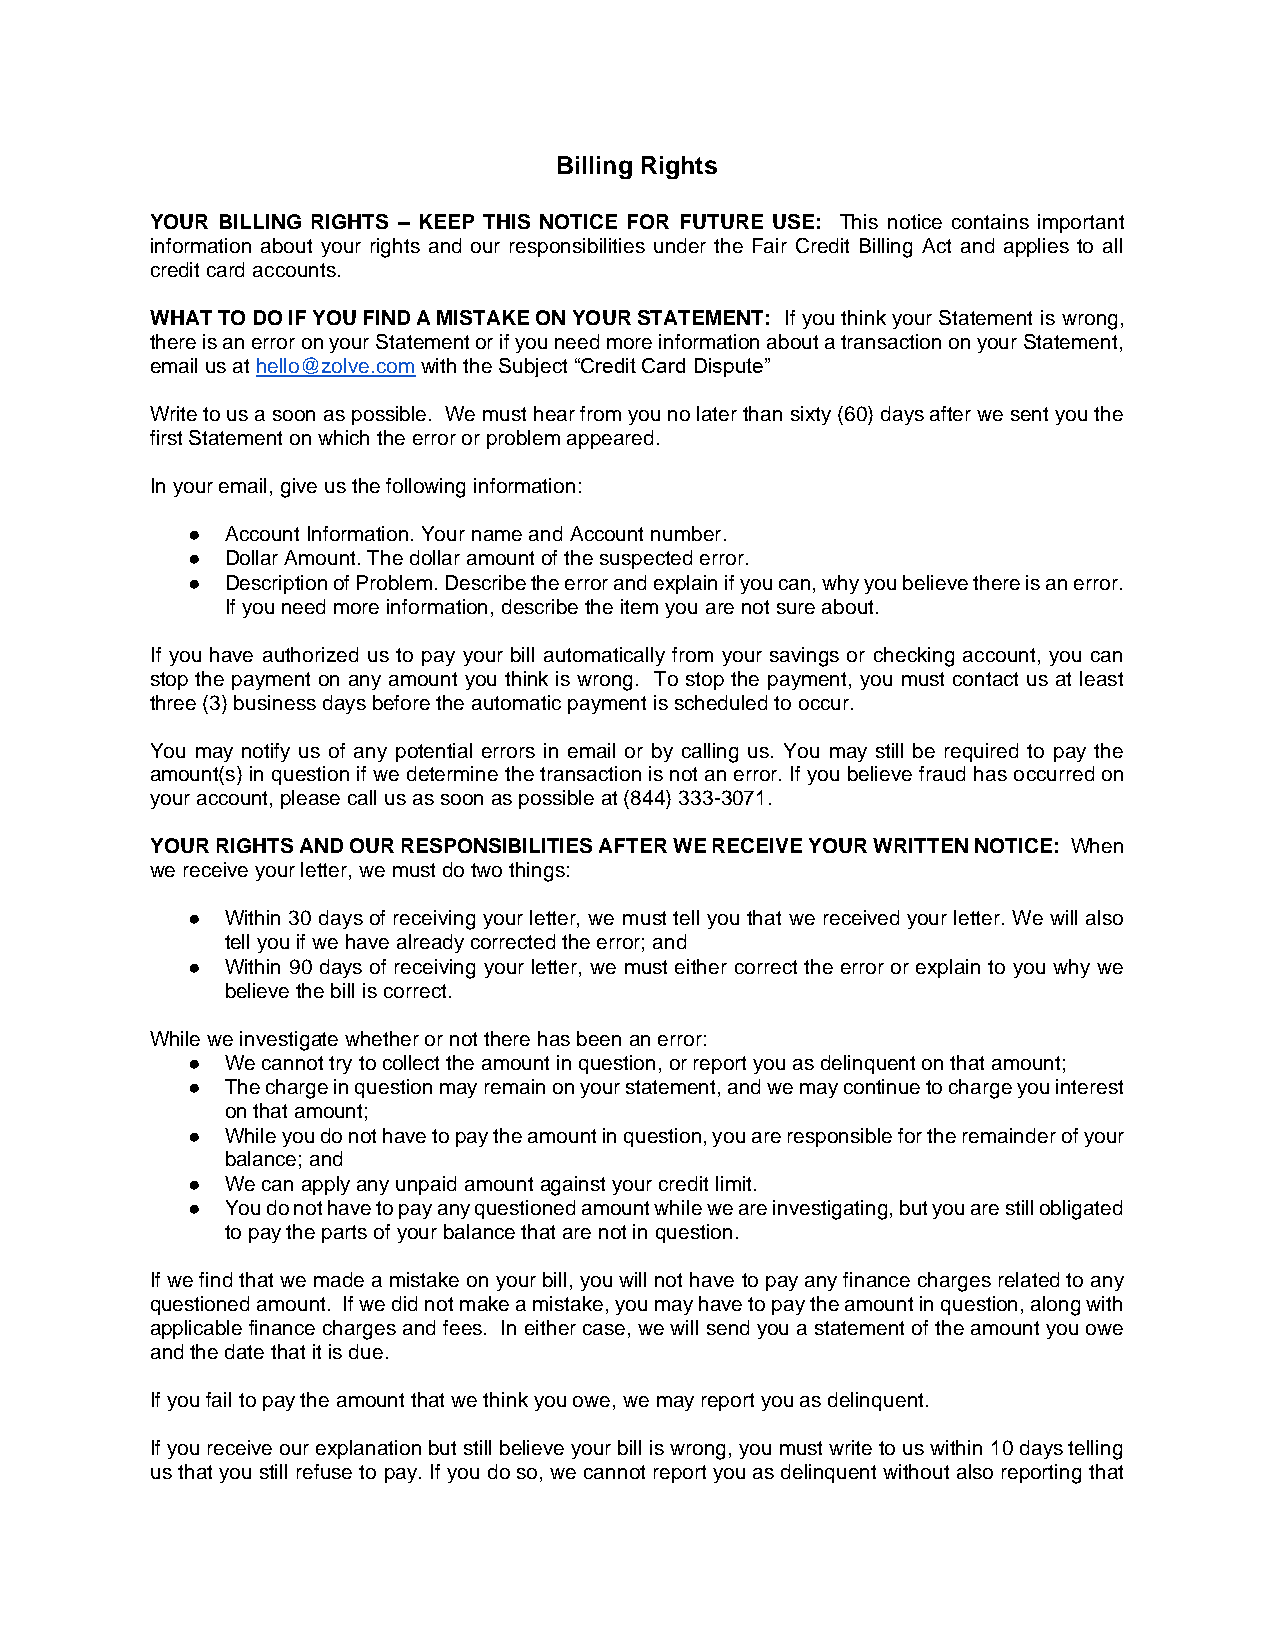
Billing Rights
 YOUR BILLING RIGHTS – KEEP THIS NOTICE FOR FUTURE USE: This notice contains important
 information about your rights and our responsibilities under the Fair Credit Billing Act and applies to all
 credit card accounts.
 WHAT TO DO IF YOU FIND A MISTAKE ON YOUR STATEMENT: If you think your Statement is wrong,
 there is an error on your Statement or if you need more information about a transaction on your Statement,
 email us at hello@zolve.com with the Subject “Credit Card Dispute”
 Write to us a soon as possible. We must hear from you no later than sixty (60) days after we sent you the
 first Statement on which the error or problem appeared.
 In your email, give us the following information:
 ●  Account Information. Your name and Account number.
 ●  Dollar Amount. The dollar amount of the suspected error.
 ●  Description of Problem. Describe the error and explain if you can, why you believe there is an error.
 If you need more information, describe the item you are not sure about.
 If you have authorized us to pay your bill automatically from your savings or checking account, you can
 stop the payment on any amount you think is wrong. To stop the payment, you must contact us at least
 three (3) business days before the automatic payment is scheduled to occur.
 You may notify us of any potential errors in email or by calling us. You may still be required to pay the
 amount(s) in question if we determine the transaction is not an error. If you believe fraud has occurred on
 your account, please call us as soon as possible at (844) 333-3071.
 YOUR RIGHTS AND OUR RESPONSIBILITIES AFTER WE RECEIVE YOUR WRITTEN NOTICE: When
 we receive your letter, we must do two things:
 ●  Within 30 days of receiving your letter, we must tell you that we received your letter. We will also
 tell you if we have already corrected the error; and
 ●  Within 90 days of receiving your letter, we must either correct the error or explain to you why we
 believe the bill is correct.
 While we investigate whether or not there has been an error:
 ●  We cannot try to collect the amount in question, or report you as delinquent on that amount;
 ●  The charge in question may remain on your statement, and we may continue to charge you interest
 on that amount;
 ●  While you do not have to pay the amount in question, you are responsible for the remainder of your
 balance; and
 ●  We can apply any unpaid amount against your credit limit.
 ●  You do not have to pay any questioned amount while we are investigating, but you are still obligated
 to pay the parts of your balance that are not in question.
 If we find that we made a mistake on your bill, you will not have to pay any finance charges related to any
 questioned amount. If we did not make a mistake, you may have to pay the amount in question, along with
 applicable finance charges and fees. In either case, we will send you a statement of the amount you owe
 and the date that it is due.
 If you fail to pay the amount that we think you owe, we may report you as delinquent.
 If you receive our explanation but still believe your bill is wrong, you must write to us within 10 days telling
 us that you still refuse to pay. If you do so, we cannot report you as delinquent without also reporting that